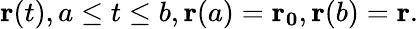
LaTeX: \mathbf{r}(t),a\leq t\leq b,\mathbf{r}(a)=\mathbf{r_{0}},\mathbf{r}(b)=\mathbf{r}.